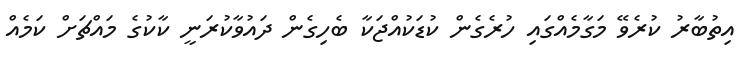
އިތުބާރު ކުރެވޭ މަގާމެއްގައި ހުރެގެން ކުޑަކުއްޖަކާ ބެހިގެން ދައުވާކުރަނީ ކާކުގެ މައްޗަށް ކަމެއް